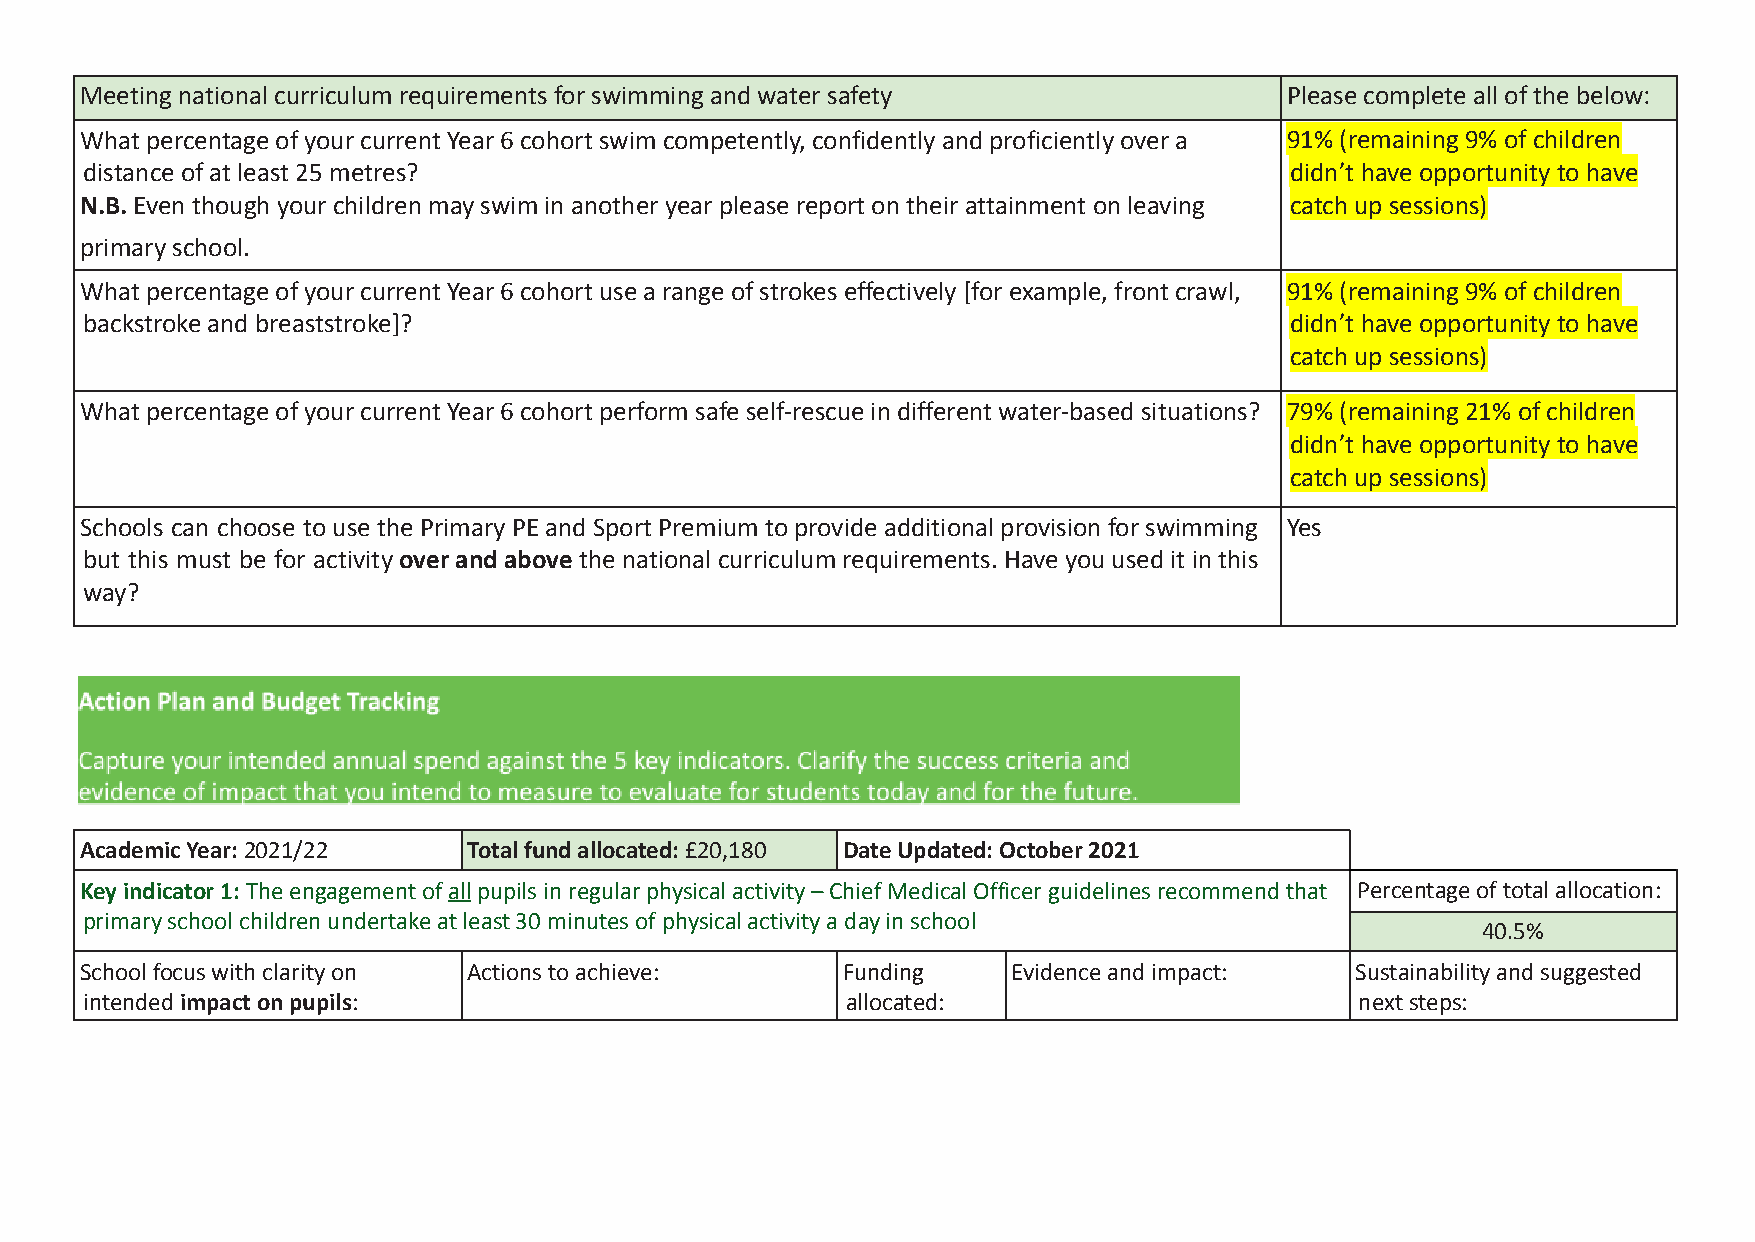
Meeting national curriculum requirements for swimming and water safety          Please complete all of the below:
 What percentage of your current Year 6 cohort swim competently, confidently and proficiently over a 91% (remaining 9% of children
 distance of at least 25 metres?                                                 didn’t have opportunity to have
 N.B.Even though your children may swim in anotheryear please report on their attainment on leaving catch up sessions)
 primary school.
 What percentage of your current Year 6 cohort use a range of strokes effectively [for example, front crawl, 91% (remaining 9% of children
 backstroke and breaststroke]?                                                   didn’t have opportunity to have
 catch up sessions)
 What percentage of your current Year 6 cohort perform safe self-rescue in different water-based situations? 79% (remaining 21% of children
 didn’t have opportunity to have
 catch up sessions)
 Schools can choose tousethePrimaryPEandSportPremiumtoprovideadditionalprovisionforswimming Yes
 but this must be for activityoverandabovethenationalcurriculumrequirements.Haveyouuseditinthis
 way?
 Academic Year:2021/22     Total fund allocated:£20,180 Date Updated: October 2021
 Key indicator 1:The engagement ofallpupils in regularphysical activity – Chief Medical Officer guidelines recommend that Percentage of total allocation:
 primary school children undertake at least 30 minutes of physical activity a day in school
 40.5%
 School focus with clarity on Actions to achieve:   Funding    Evidence and impact:   Sustainability and suggested
 intendedimpact on pupils:                          allocated:                        next steps: